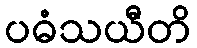
ပဓံသယီတိ